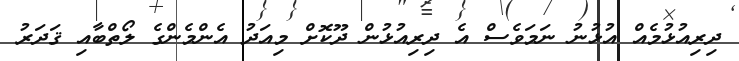
ދިރިއުޅުމެއް އުޅުނު ނަމަވެސް އެ ދިރިއުޅުން ދޫކޮށް މިއަދު އެންމެންގެ ލޯތްބާއި ޤަދަރު